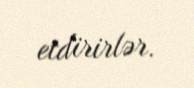
etdirirlər.